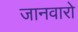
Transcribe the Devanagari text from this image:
जानवारो